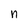
Character: n